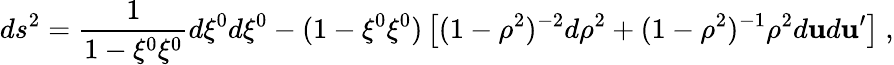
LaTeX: ds^{2}=\frac{1}{1-\xi^{0}\xi^{0}}d\xi^{0}d\xi^{0}-(1-\xi^{0}\xi^{0})\left[(1-\rho^{2})^{-2}d\rho^{2}+(1-\rho^{2})^{-1}\rho^{2}d{\mathbf u}d{\mathbf u}^{\prime}\right]~,